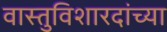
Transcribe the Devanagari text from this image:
वास्तुविशारदांच्या